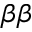
\beta \beta